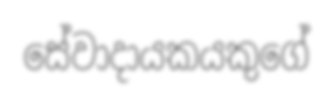
සේවාදායකයකුගේ